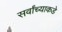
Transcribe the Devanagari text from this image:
सर्वांच्याकडे